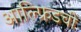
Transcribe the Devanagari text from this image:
आल्फ्रिडची